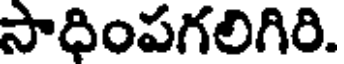
సాధింపగలిగిరి.